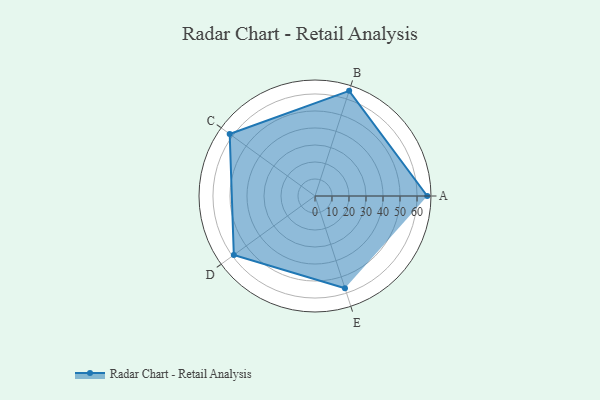
{"axis": {"x": "Skill", "y": "Score"}, "legend": ["Profile"], "data": [{"x": "A", "y": 66.0, "type": "Profile"}, {"x": "B", "y": 65.0, "type": "Profile"}, {"x": "C", "y": 62.0, "type": "Profile"}, {"x": "D", "y": 59.0, "type": "Profile"}, {"x": "E", "y": 57.0, "type": "Profile"}]}